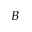
B